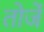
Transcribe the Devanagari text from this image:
तोर्जे